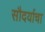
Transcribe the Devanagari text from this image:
सौदर्याचा